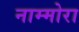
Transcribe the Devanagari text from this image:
नाम्मोरा